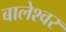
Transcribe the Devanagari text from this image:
बालेश्‍वर